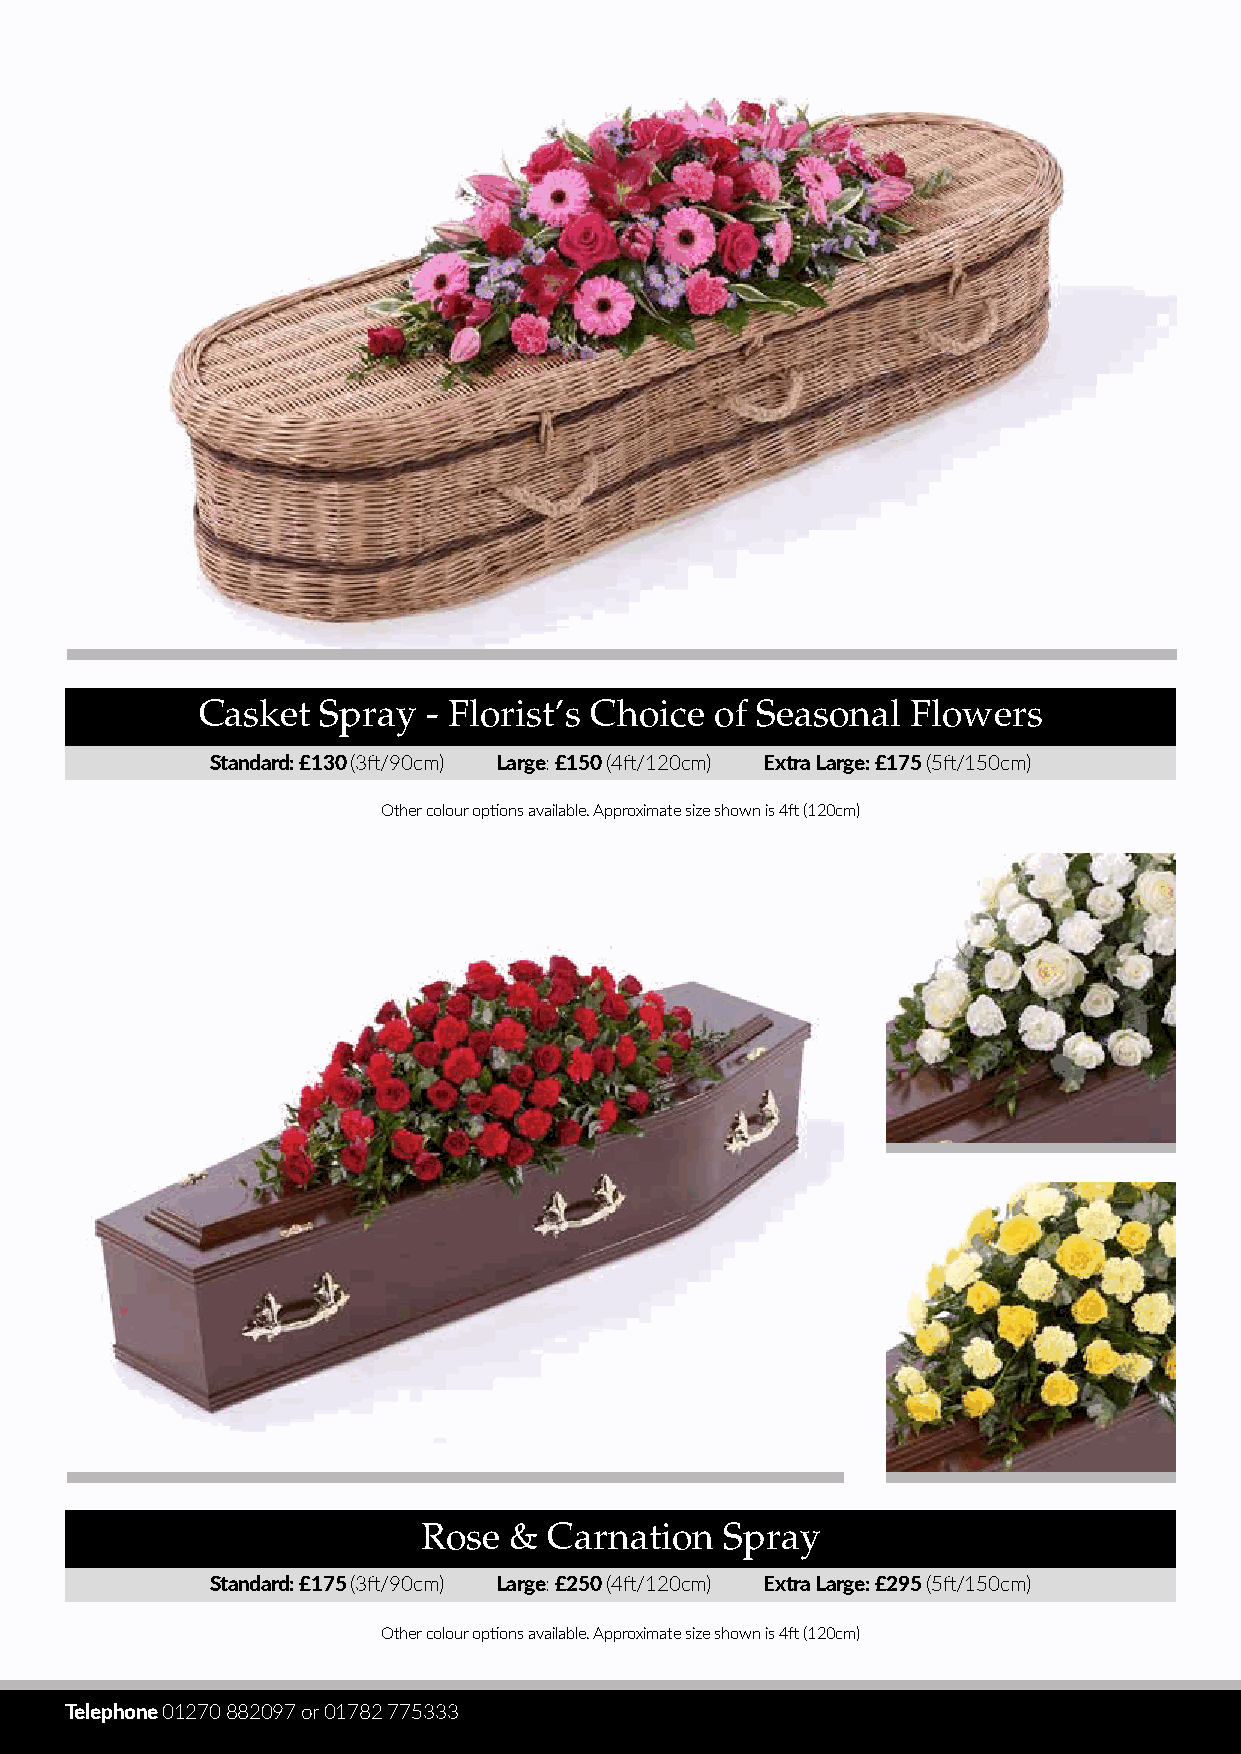
Casket  Spray  - Florist’s Choice of Seasonal  Flowers
 Standard: £130 (3ft/90cm) Large: £150 (4ft/120cm) Extra Large: £175 (5ft/150cm)
 Other colour options available. Approximate size shown is 4ft (120cm)
 Rose  & Carnation   Spray
 Standard: £175 (3ft/90cm) Large: £250 (4ft/120cm) Extra Large: £295 (5ft/150cm)
 Other colour options available. Approximate size shown is 4ft (120cm)
 Telephone 01270 882097 or 01782 775333